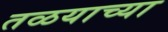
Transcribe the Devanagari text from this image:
तळयाच्या